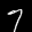
Label: 7